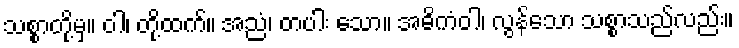
သစ္စာတို့မှ။ ဝါ၊ တို့ထက်။ အညံ၊ တပါး သော။ အဓိကံဝါ၊ လွန်သော သစ္စာသည်လည်း။